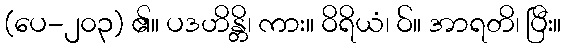
(ပေ-၂၀၃) ၏။ ပဒဟိန္တိ၊ ကား။ ဝိရိယံ၊ ဝ်။ အာရတိ၊ ပြီး။